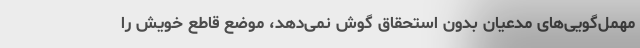
مهمل‌گویی‌های مدعیان بدون استحقاق گوش نمی‌دهد، موضع قاطع خویش را